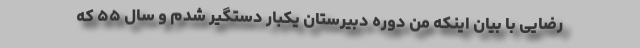
رضایی با بیان اینکه من دوره دبیرستان یکبار دستگیر شدم و سال ۵۵ که